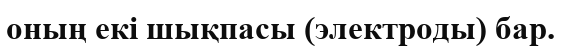
оның екі шықпасы (электроды) бар.